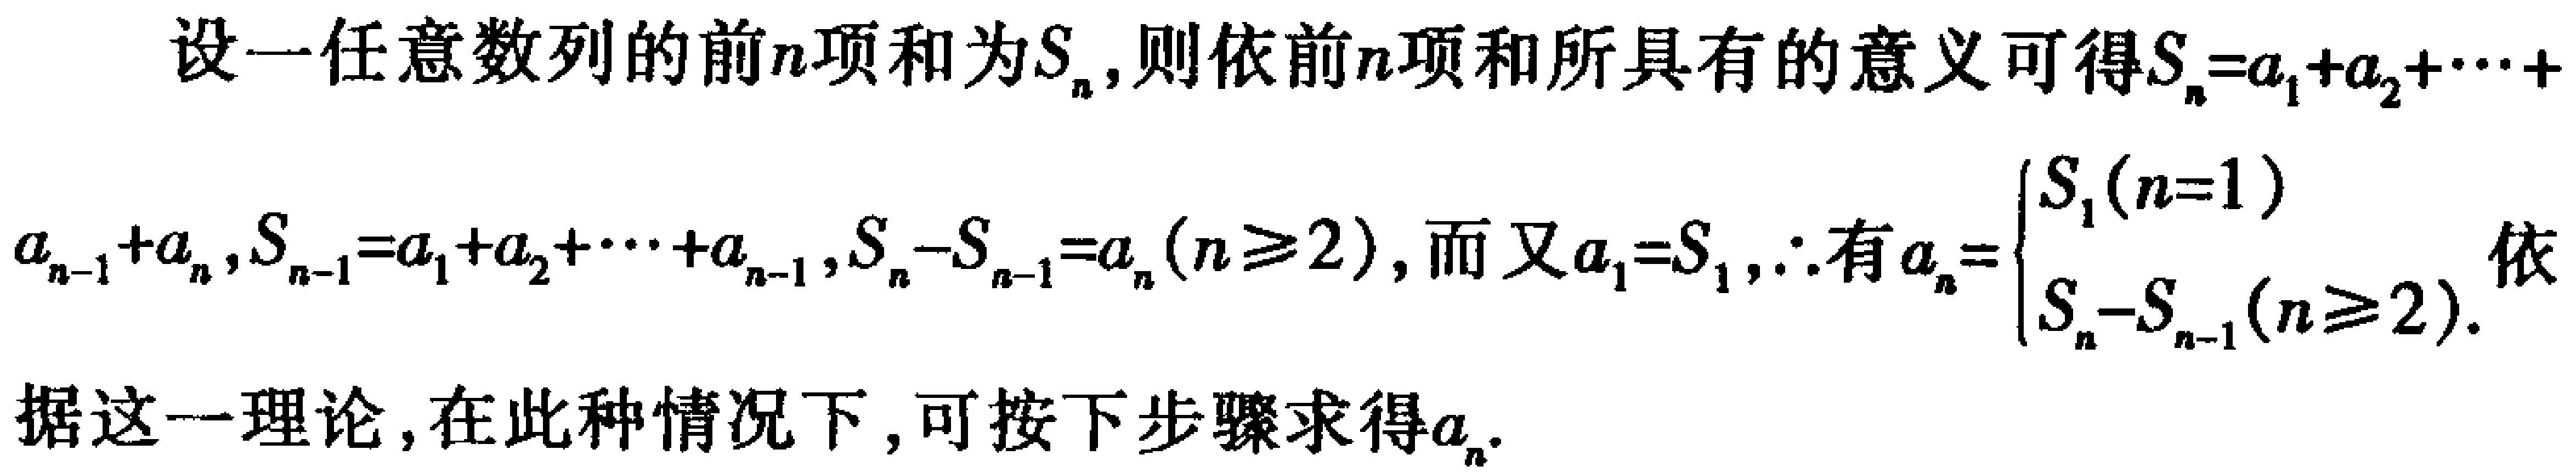
设一任意数列的前\(n\)项和为\(S_{n}\)，则依前\(n\)项和所具有的意义可得\(S_{n}=a_{1}+a_{2}+\cdots +a_{n - 1}+a_{n}\)，\(S_{n - 1}=a_{1}+a_{2}+\cdots +a_{n - 1}\)，\(S_{n}-S_{n - 1}=a_{n}(n\geq2)\)，而又\(a_{1}=S_{1}\)，\(\therefore\)有\(a_{n}=\begin{cases}S_{1}(n = 1)\\S_{n}-S_{n - 1}(n\geq2)\end{cases}\)。依据这一理论，在此种情况下，可按下步骤求得\(a_{n}\)。